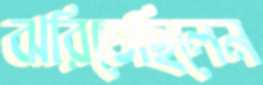
ঝরিতেছিলেন